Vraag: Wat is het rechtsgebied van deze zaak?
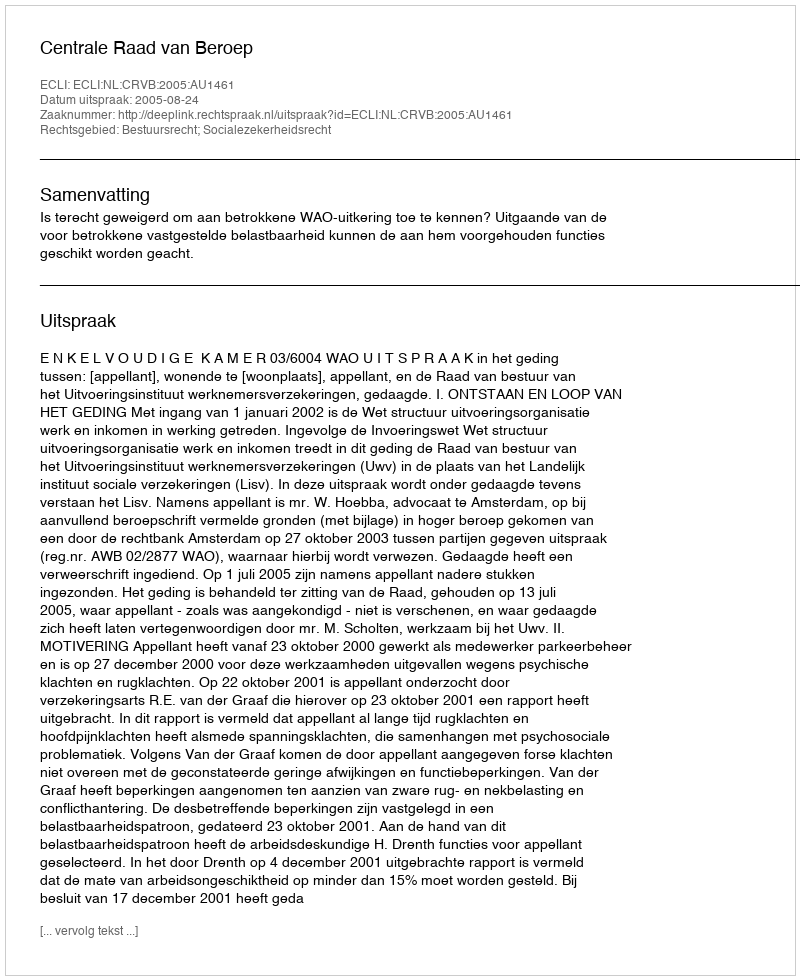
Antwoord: Bestuursrecht; Socialezekerheidsrecht